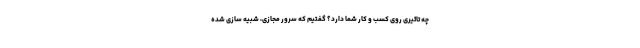
چه تاثیری روی کسب و کار شما دارد؟ گفتیم که سرور مجازی، شبیه سازی شده